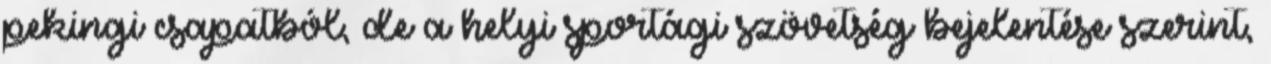
pekingi csapatból, de a helyi sportági szövetség bejelentése szerint,